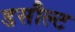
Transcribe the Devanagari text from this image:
डसौल्ट